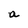
Character: a